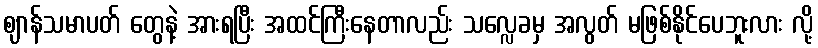
ဈာန်သမာပတ် တွေနဲ့ အားရပြီး အထင်ကြီးနေတာလည်း သလ္လေခမှ အလွတ် မဖြစ်နိုင်ပေဘူးလား လို့